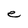
Character: e